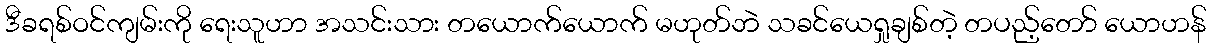
ဒီခရစ်ဝင်ကျမ်းကို ရေးသူဟာ အသင်းသား တယောက်ယောက် မဟုတ်ဘဲ သခင်ယေရှုချစ်တဲ့ တပည့်တော် ယောဟန်